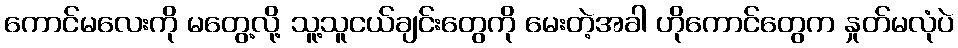
ကောင်မလေးကို မတွေ့လို့ သူ့သူငယ်ချင်းတွေကို မေးတဲ့အခါ ဟိုကောင်တွေက နှုတ်မလုံပဲ